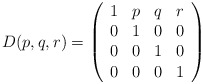
\begin{align*}D(p, q, r) = \left( \begin{array}{cccc}1 & p & q & r \\0 & 1 & 0 & 0 \\0 & 0 & 1 & 0 \\0 & 0 & 0 & 1\end{array} \right)\end{align*}